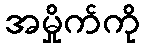
အမှိုက်ကို